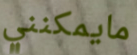
مايمكنني